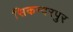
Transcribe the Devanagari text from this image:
सिकन्‍दरपुर